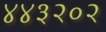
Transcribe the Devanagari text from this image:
४४३२०२